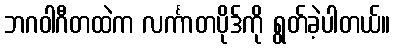
ဘဂဝါဂီတထဲက လင်္ကာတပိုဒ်ကို ရွတ်ခဲ့ပါတယ်။